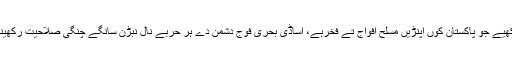
سپیکرآکھیے جو پاکستان کوں اپنڑیں مسلح افواج تے فخرہے، اساڈی بحری فوج دشمن دے ہر حربے نال نبڑن سانگے چنگی صلاحیت رکھیندی ہے۔